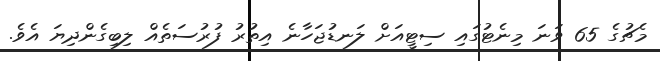
މެޗުގެ 65 ވަނަ މިނެޓުގައި ސިޓީއަށް ލަނޑުޖަހާނެ އިތުރު ފުރުސަތެއް ލިބިގެންދިޔަ އެވެ.